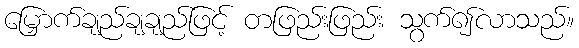
မြှောက်ချည်ချချည်ဖြင့် တဖြည်းဖြည်း သွက်၍လာသည်။